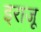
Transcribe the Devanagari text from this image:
इराजू